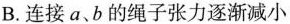
B.连接a、b的绳子张力逐渐减小